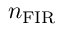
n _ { \mathrm { F I R } }